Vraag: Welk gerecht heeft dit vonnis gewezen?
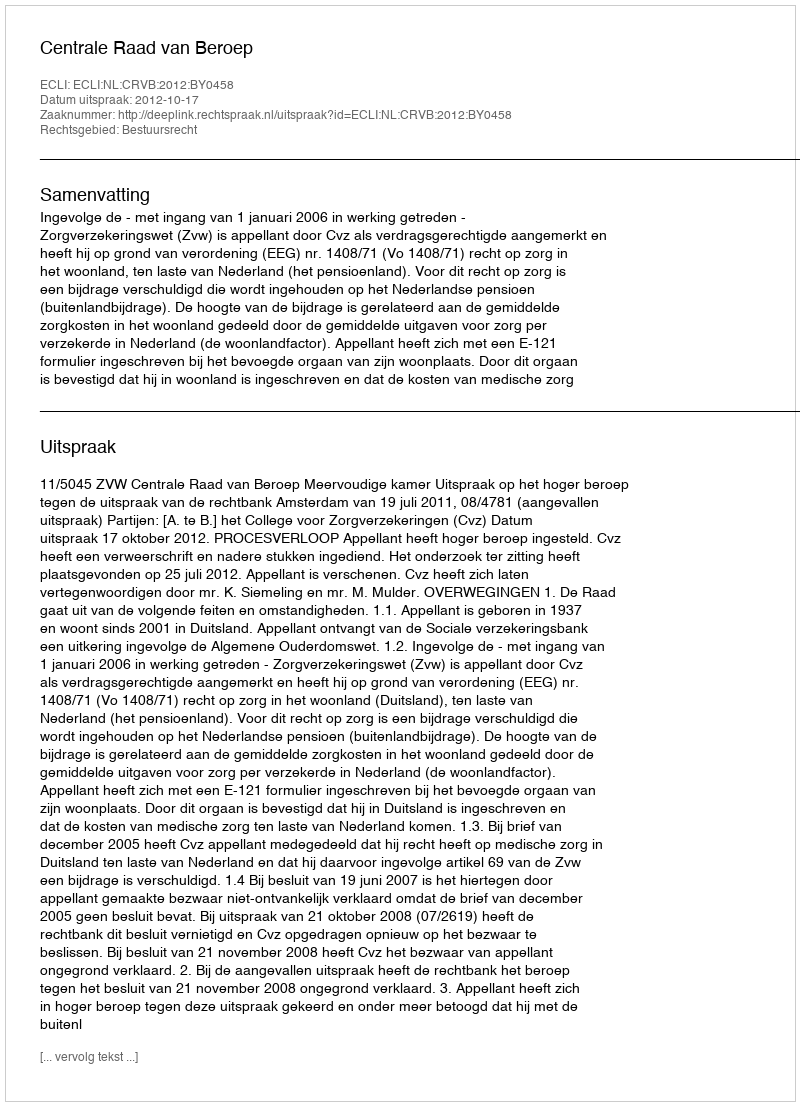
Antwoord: Centrale Raad van Beroep